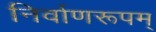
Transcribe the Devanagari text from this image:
निर्वाणरूपम्